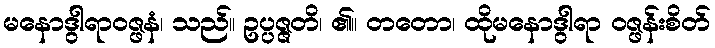
မနောဒွါရာဝဇ္ဖနံ၊ သည်။ ဥပ္ပဇ္ဇတိ၊ ၏။ တတော၊ ထိုမနောဒွါရာ ဝဇ္ဖန်းစိတ်